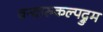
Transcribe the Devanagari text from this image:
वन्दारुकल्पद्रुम